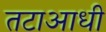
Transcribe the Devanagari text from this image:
तटाआधी